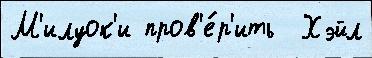
М'илуок'и пров'е́р'ить  Хэйл